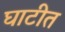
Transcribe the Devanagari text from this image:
घाटीत